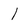
Character: 1